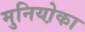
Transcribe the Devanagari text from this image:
मुनियो़का